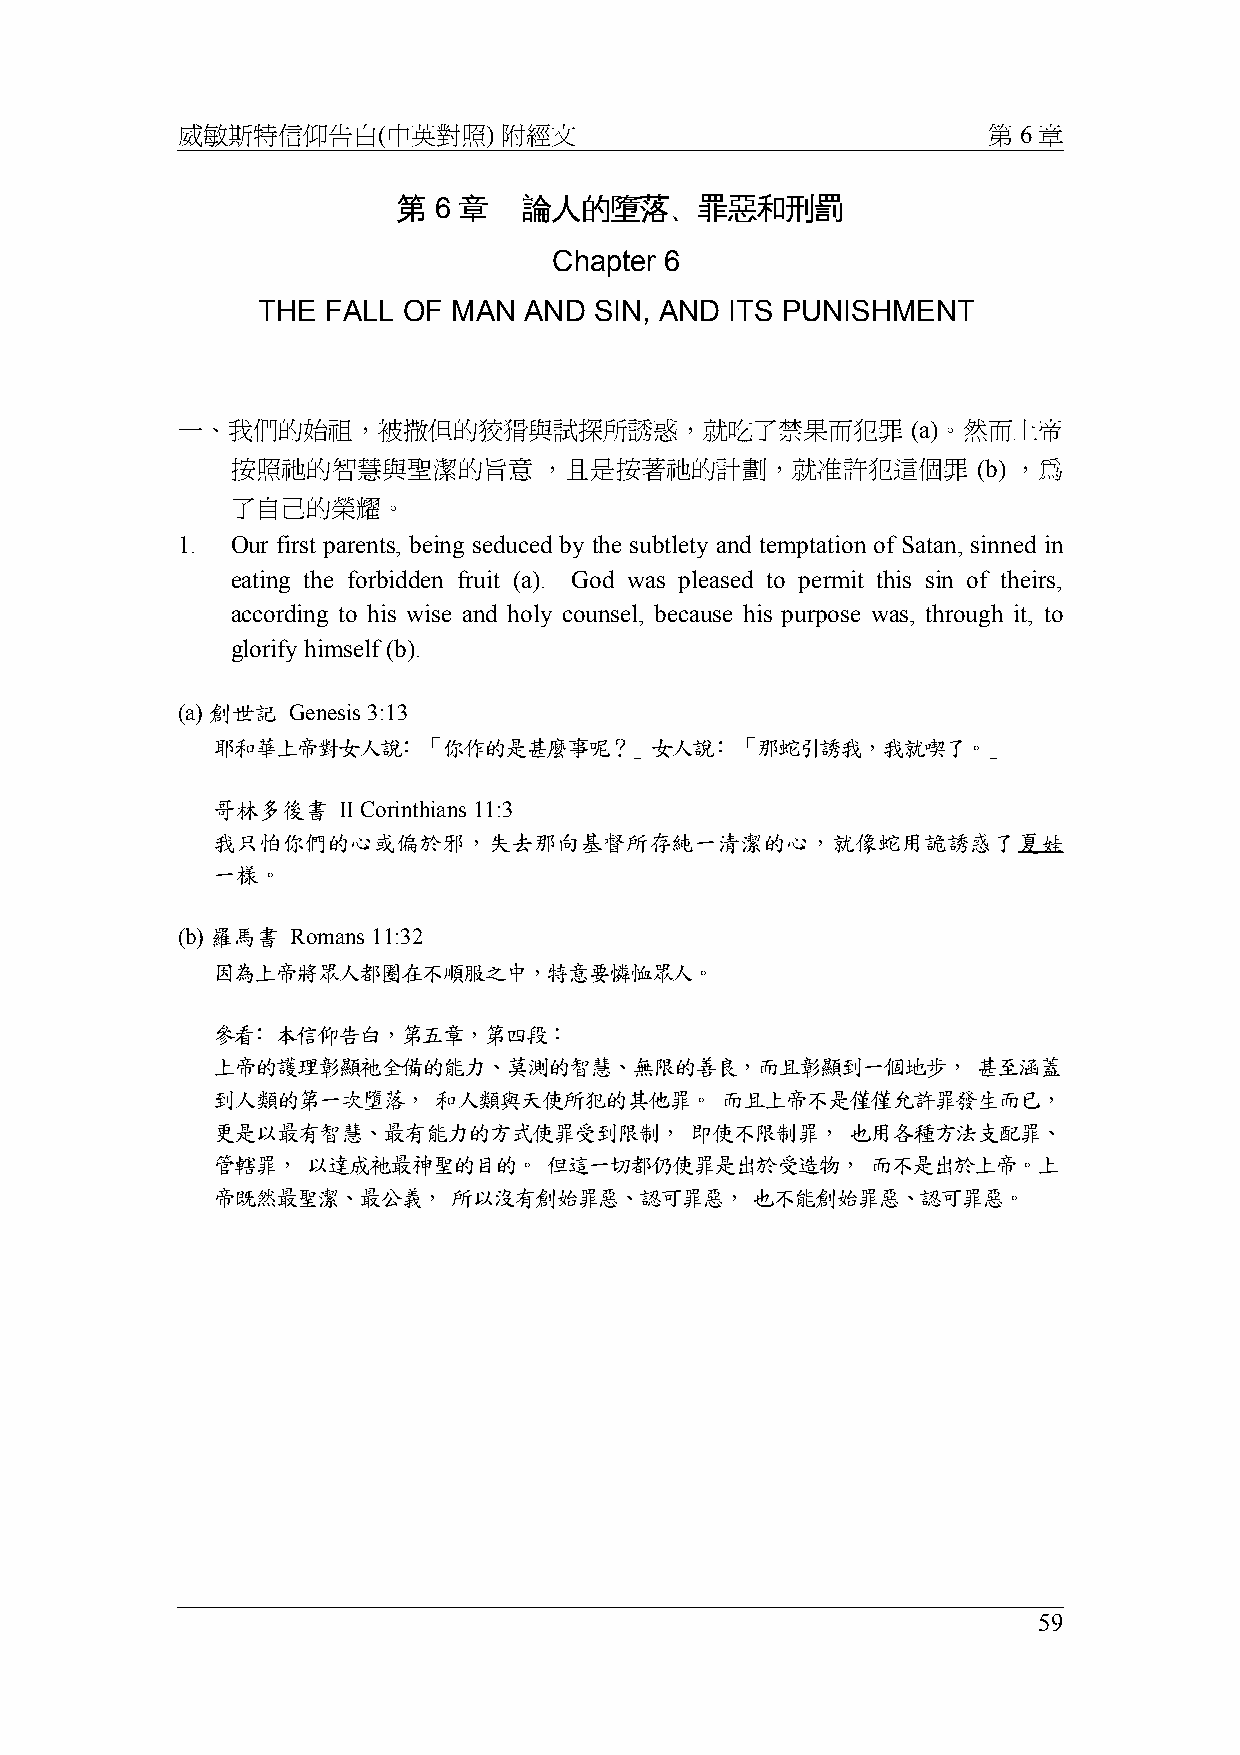
威敏斯特信仰告白(中英對照)       附經文                             第 6 章
 第  6 章   論人的墮落、罪惡和刑罰
 Chapter 6
 THE FALL  OF MAN  AND SIN, AND ITS PUNISHMENT
 一、我們的始祖，被撒但的狡猾與試探所誘惑，就吃了禁果而犯罪                   (a)。然而上帝
 按照祂的智慧與聖潔的旨意         ，且是按著祂的計劃，就准許犯這個罪            (b) ，為
 了自己的榮耀。
 1. Our first parents, being seduced by the subtlety and temptation of Satan, sinned in
 eating the forbidden fruit (a). God was pleased to permit this sin of theirs,
 according to his wise and holy counsel, because his purpose was, through it, to
 glorify himself (b).
 (a) 創世記 Genesis 3:13
 耶和華上帝對女人說﹕「你作的是甚麼事呢？」女人說﹕「那蛇引誘我，我就喫了。」
 哥林多後書   II Corinthians 11:3
 我只怕你們的心或偏於邪，失去那向基督所存純一清潔的心，就像蛇用詭誘惑了夏娃
 一樣。
 (b) 羅馬書 Romans 11:32
 因為上帝將眾人都圈在不順服之中，特意要憐恤眾人。
 參看﹕本信仰告白，第五章，第四段：
 上帝的護理彰顯祂全備的能力、莫測的智慧、無限的善良，而且彰顯到一個地步，               甚至涵蓋
 到人類的第一次墮落，     和人類與天使所犯的其他罪。      而且上帝不是僅僅允許罪發生而已，
 更是以最有智慧、最有能力的方式使罪受到限制，          即使不限制罪，   也用各種方法支配罪、
 管轄罪，  以達成祂最神聖的目的。     但這一切都仍使罪是出於受造物，       而不是出於上帝。上
 帝既然最聖潔、最公義，     所以沒有創始罪惡、認可罪惡，      也不能創始罪惡、認可罪惡。
 59